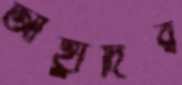
আহ্লাদির